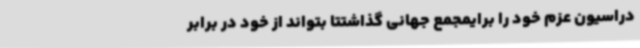
دراسیون عزم خود را برایمجمع جهانی گذاشتتا بتواند از خود در برابر